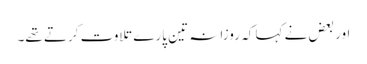
اور بعض نے کہا کہ روزانہ تین پارے تلاوت کرتے تھے۔